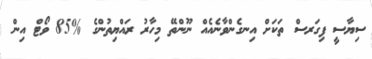
ސިޔާސީ ފިގަރސް ތަކަށް އިނގެންވާނެއެއް ނޫންތޭ މިހާރު ރައްޔިތުންގެ %85 ވޯޓް އިން